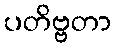
ပတိဗ္ဗတာ